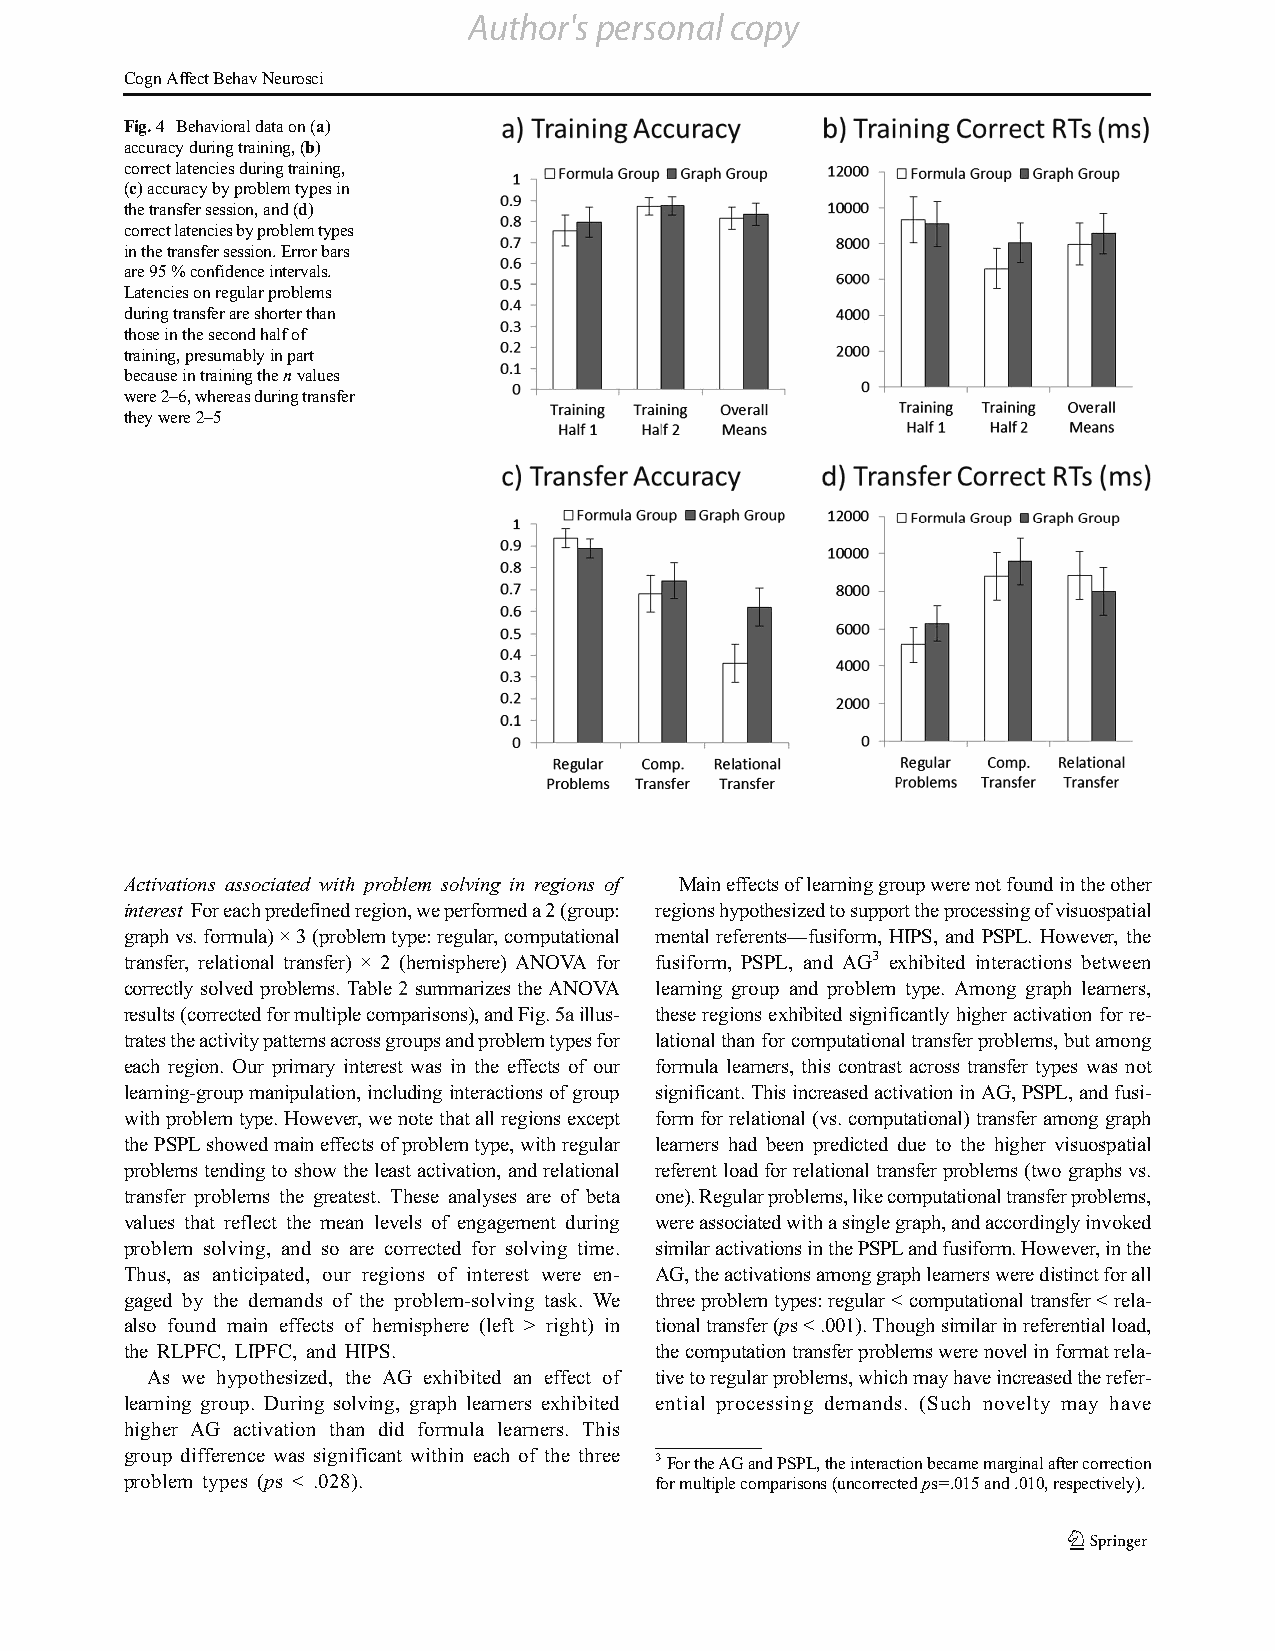
Author's personal copy
 CognAffectBehavNeurosci
 Fig.4 Behavioraldataon(a)
 accuracyduringtraining,(b)
 correctlatenciesduringtraining,
 (c)accuracybyproblemtypesin
 thetransfersession,and(d)
 correctlatenciesbyproblemtypes
 inthetransfersession.Errorbars
 are95%confidenceintervals.
 Latenciesonregularproblems
 duringtransferareshorterthan
 thoseinthesecondhalfof
 training,presumablyinpart
 becauseintrainingthenvalues
 were2–6,whereasduringtransfer
 theywere2–5
 Activations associated with problem solving in regions of Maineffectsoflearninggroupwerenotfoundintheother
 interest Foreachpredefinedregion,weperformeda2(group: regionshypothesizedtosupporttheprocessingofvisuospatial
 graphvs.formula)×3(problemtype:regular,computational mental referents—fusiform, HIPS, and PSPL. However, the
 transfer, relational transfer) × 2 (hemisphere) ANOVA for fusiform, PSPL, and AG3 exhibited interactions between
 correctly solvedproblems. Table2 summarizesthe ANOVA learning group and problem type. Among graph learners,
 results(correctedformultiplecomparisons),andFig.5aillus- these regionsexhibited significantly higheractivation for re-
 tratestheactivitypatternsacrossgroupsandproblemtypesfor lationalthanforcomputationaltransferproblems,butamong
 each region. Our primary interest was in the effects of our formula learners, this contrast across transfer types was not
 learning-groupmanipulation,includinginteractionsofgroup significant.ThisincreasedactivationinAG,PSPL,andfusi-
 withproblemtype.However,wenotethatallregionsexcept formforrelational(vs.computational)transferamong graph
 thePSPLshowedmaineffectsofproblemtype,withregular learners had been predicted due to the higher visuospatial
 problems tending toshow the least activation, and relational referentloadfor relationaltransferproblems(twographsvs.
 transfer problems the greatest. These analyses are of beta one).Regularproblems,likecomputationaltransferproblems,
 values that reflect the mean levels of engagement during wereassociatedwithasinglegraph,andaccordinglyinvoked
 problem solving, and so are corrected for solving time. similaractivationsinthePSPLandfusiform.However,inthe
 Thus, as anticipated, our regions of interest were en- AG,theactivationsamonggraphlearnersweredistinctforall
 gaged by the demands of the problem-solving task. We threeproblemtypes:regular<computationaltransfer<rela-
 also found main effects of hemisphere (left > right) in tionaltransfer(ps<.001).Thoughsimilarinreferentialload,
 the RLPFC, LIPFC, and HIPS.        thecomputationtransferproblemswerenovelinformatrela-
 As we hypothesized, the AG exhibited an effect of tivetoregularproblems,whichmayhaveincreasedtherefer-
 learning group. During solving, graph learners exhibited ential processing demands. (Such novelty may have
 higher AG activation than did formula learners. This
 group difference was significant within each of the three 3FortheAGandPSPL,theinteractionbecamemarginalaftercorrection
 problem types (ps < .028).         formultiplecomparisons(uncorrectedps=.015and.010,respectively).